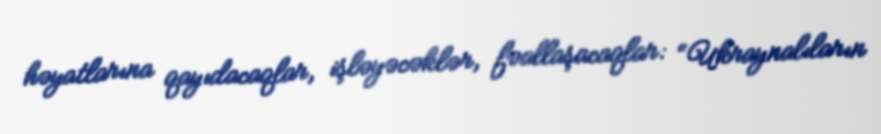
həyatlarına qayıdacaqlar, işləyəcəklər, fəallaşacaqlar: “Ukraynalıların